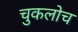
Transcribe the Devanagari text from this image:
चुकलोच